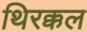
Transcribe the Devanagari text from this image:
थिरक्कल